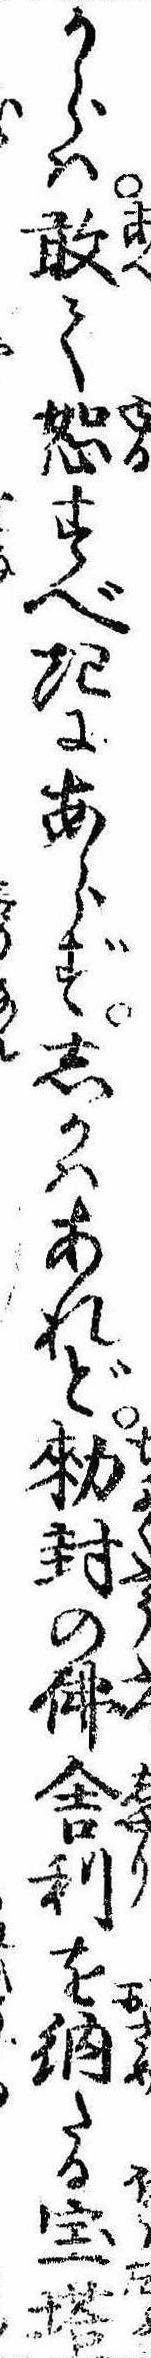
からは敢て恕すべきにあらずしかはあれど勅封の仏舎利を納たる宝塔